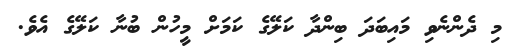
މި ދެންނެވި މައިބަދަ ބިންދާ ކަލޭގެ ކަމަށް މީހުން ބުނާ ކަލޭގެ އެވެ.